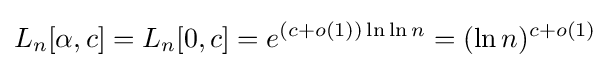
L_{n}[\alpha ,c]=L_{n}[0,c]=e^{(c+o(1))\ln \ln n}=(\ln n)^{c+o(1)}